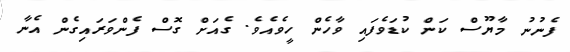
ފެނުނު މާޔޫސް ކަން ކުޑަވެފައި ވާހެން ހީވެއެވެ. ގެއަށް ގޮސް ފެންވަރައިގެން އެނާ